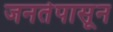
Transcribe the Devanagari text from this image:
जनतेपासून